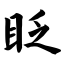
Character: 眨